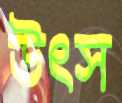
উৎস